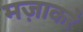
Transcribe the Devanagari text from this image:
मज़ाकरे